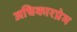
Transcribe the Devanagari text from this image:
अधिकारप्रेम